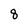
Character: 8